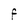
Character: F